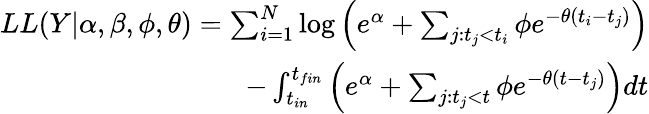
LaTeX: \begin{array}{r}{LL(Y|\alpha,\beta,\phi,\theta)=\sum_{i=1}^{N}\log\left(e^{\alpha}+\sum_{j:t_{j}<t_{i}}\phi e^{-\theta(t_{i}-t_{j})}\right)}\\ {-\int_{t_{in}}^{t_{fin}}\left(e^{\alpha}+\sum_{j:t_{j}<t}\phi e^{-\theta(t-t_{j})}\right)dt}\end{array}